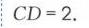
$CD = 2.$